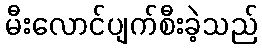
မီးလောင်ပျက်စီးခဲ့သည်